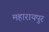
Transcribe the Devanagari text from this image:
महारायपुर